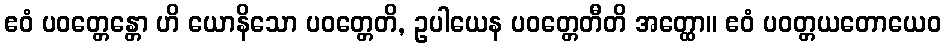
ဧဝံ ပဝတ္တေန္တော ဟိ ယောနိသော ပဝတ္တေတိ, ဥပါယေန ပဝတ္တေတီတိ အတ္ထော။ ဧဝံ ပဝတ္တယတောယေဝ